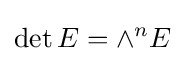
\operatorname {det} E=\wedge ^{n}E